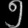
Digit: ၅